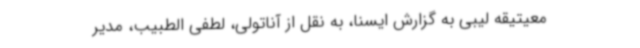
معیتیقه لیبی به گزارش ایسنا، به نقل از آناتولی، لطفی الطبیب، مدیر